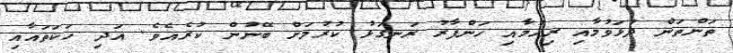
ތަންތަން ދުޅަވުމާއި ރިހުމާއި ހަންފާރު ރަނގަޅު ކުރުމަށް ބޭނުން ކުރެއެވެ. އަދި ހަކަތައާއި